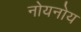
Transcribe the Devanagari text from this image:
नोयनोय